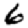
Digit: 6